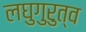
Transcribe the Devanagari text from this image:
लघुगुरुत्व